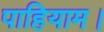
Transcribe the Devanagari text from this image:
पाहियाम।